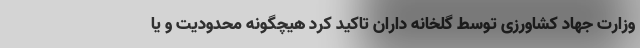
وزارت جهاد کشاورزی توسط گلخانه داران تاکید کرد هیچگونه محدودیت و یا